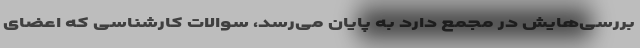
بررسی‌هایش در مجمع دارد به پایان می‌رسد، سوالات کارشناسی که اعضای